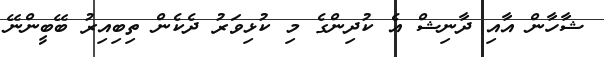
ޝާހާން އާއި ދާނިޝް އެ ކުދިންގެ މި ކުޅިވަރު ދެކެން ތިބިއިރު ބޭބީންނޭ